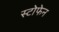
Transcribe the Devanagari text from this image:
स्टोफेन